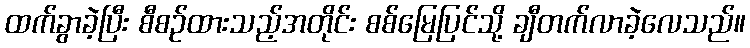
ထက်ခွာခဲ့ပြီး စီစဉ်ထားသည့်အတိုင်း စစ်မြေပြင်သို့ ချီတက်လာခဲ့လေသည်။